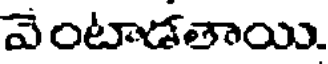
వెంటాడతాయి.